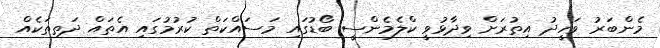
މެންބަރު ވަހީދު އިތުރަށް ވިދާޅުވީ ކްލެމެންސީ ބޯޑުގައި މަސައްކަތް ކުރުމުގައި އެތައް ދަތިތަކެއް